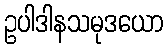
ဥပါဒါနသမုဒယော